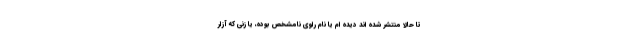
تا حالا منتشر شده اند دیده ام یا نام راوی نامشخص بوده، یا زنی که آزار